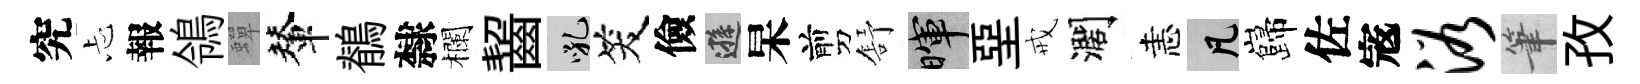
究忐報鴒蟬輦鶺隸欄齧吼笑儉遜杲剪舒暉堊戒濶恚凡巋佐𡨥浴筆孜